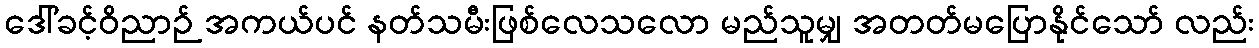
ဒေါ်ခင့်ဝိညာဉ် အကယ်ပင် နတ်သမီးဖြစ်လေသလော မည်သူမျှ အတတ်မပြောနိုင်သော် လည်း